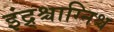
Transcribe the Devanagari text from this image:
इंद्र्श्चाग्निश्च